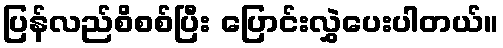
ပြန်လည်စိစစ်ပြီး ပြောင်းလွှဲပေးပါတယ်။